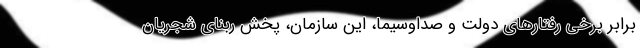
برابر برخی رفتارهای دولت و صداوسیما، این سازمان، پخش ربنای شجریان